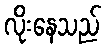
လိုးနေသည်